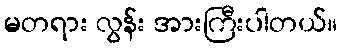
မတရား လွန်း အားကြီးပါတယ်။